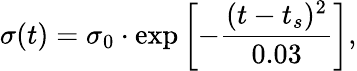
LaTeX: \sigma(t)=\sigma_{0}\cdot\exp\left[-\frac{(t-t_{s})^{2}}{0.03}\right],